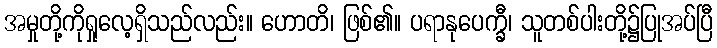
အမှုတို့ကိုရှုလေ့ရှိသည်လည်း။ ဟောတိ၊ ဖြစ်၏။ ပရာနုပေက္ခီ၊ သူတစ်ပါးတို့၌ပြုအပ်ပြီ